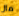
مال